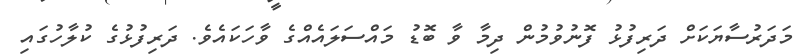
މަދަރުސާޔަކަށް ދަރިފުޅު ފޮނުވުމުން ދިމާ ވާ ބޮޑު މައްސަލައެއްގެ ވާހަކައެވެ. ދަރިފުޅުގެ ކުލާހުގައި